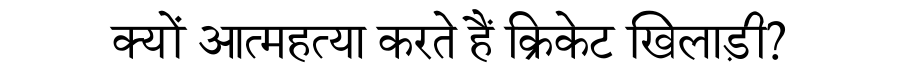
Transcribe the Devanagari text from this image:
क्यों आत्महत्या करते हैं क्रिकेट खिलाड़ी?